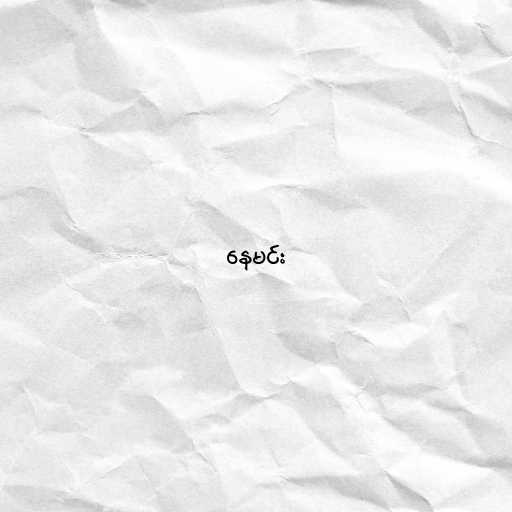
နေမင်း